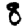
Digit: 8